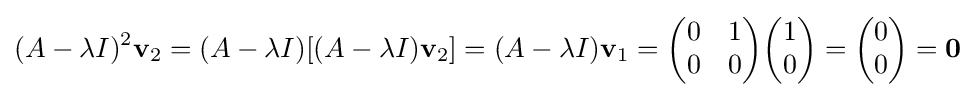
(A-\lambda I)^{2}\mathbf {v} _{2}=(A-\lambda I)[(A-\lambda I)\mathbf {v} _{2}]=(A-\lambda I)\mathbf {v} _{1}={\begin{pmatrix}0&1\\0&0\end{pmatrix}}{\begin{pmatrix}1\\0\end{pmatrix}}={\begin{pmatrix}0\\0\end{pmatrix}}=\mathbf {0}